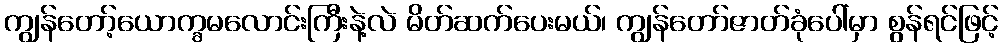
ကျွန်တော့်ယောက္ခမလောင်းကြီးနဲ့လဲ မိတ်ဆက်ပေးမယ်၊ ကျွန်တော်ဇာတ်ခုံပေါ်မှာ စွန်ရင်ဖြင့်